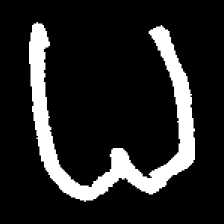
Pyu character \u2014 Myanmar letter: ဓ (romanized: dha)